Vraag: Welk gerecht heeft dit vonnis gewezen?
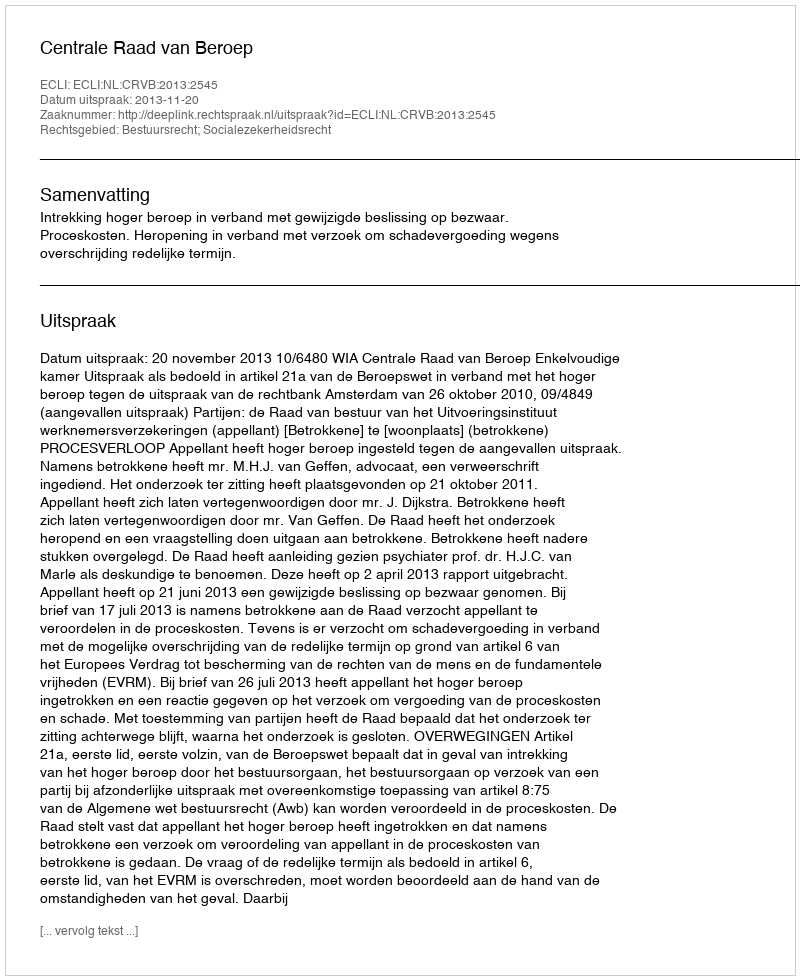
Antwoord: Centrale Raad van Beroep